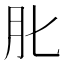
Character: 𦘪